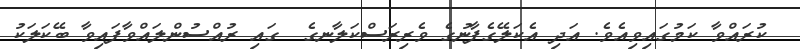
ކުރައްވާ ކަމުގައިވިއެވެ. އަދި އެކަލޭގެފާނުގެ ވެރިރަސްކަލާނގެ  ގައި ރުއްސުންލައްވާފައިވާ ބޭކަލަކު